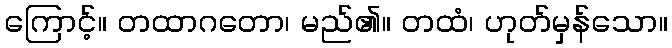
ကြောင့်။ တထာဂတော၊ မည်၏။ တထံ၊ ဟုတ်မှန်သော။